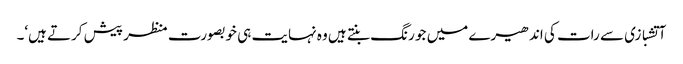
آتشبازی سے رات کی اندھیرے میں جو رنگ بنتے ہیں وہ نہایت ہی خوبصورت منظر پیش کرتے ہیں‘۔